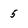
Character: 5